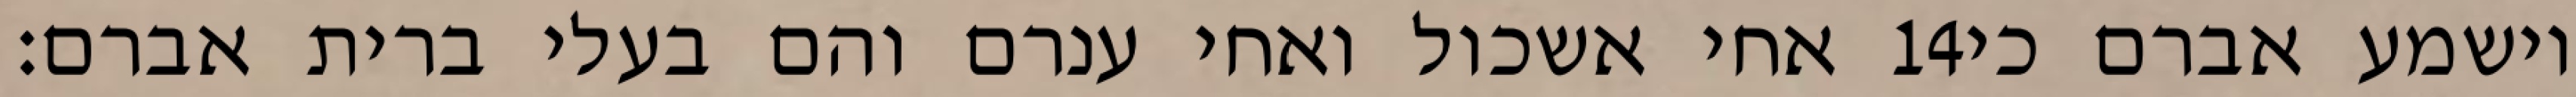
אחי אשכול ואחי ענרם והם בעלי ברית אברם׃ ‎14‏ וישמע אברם כי